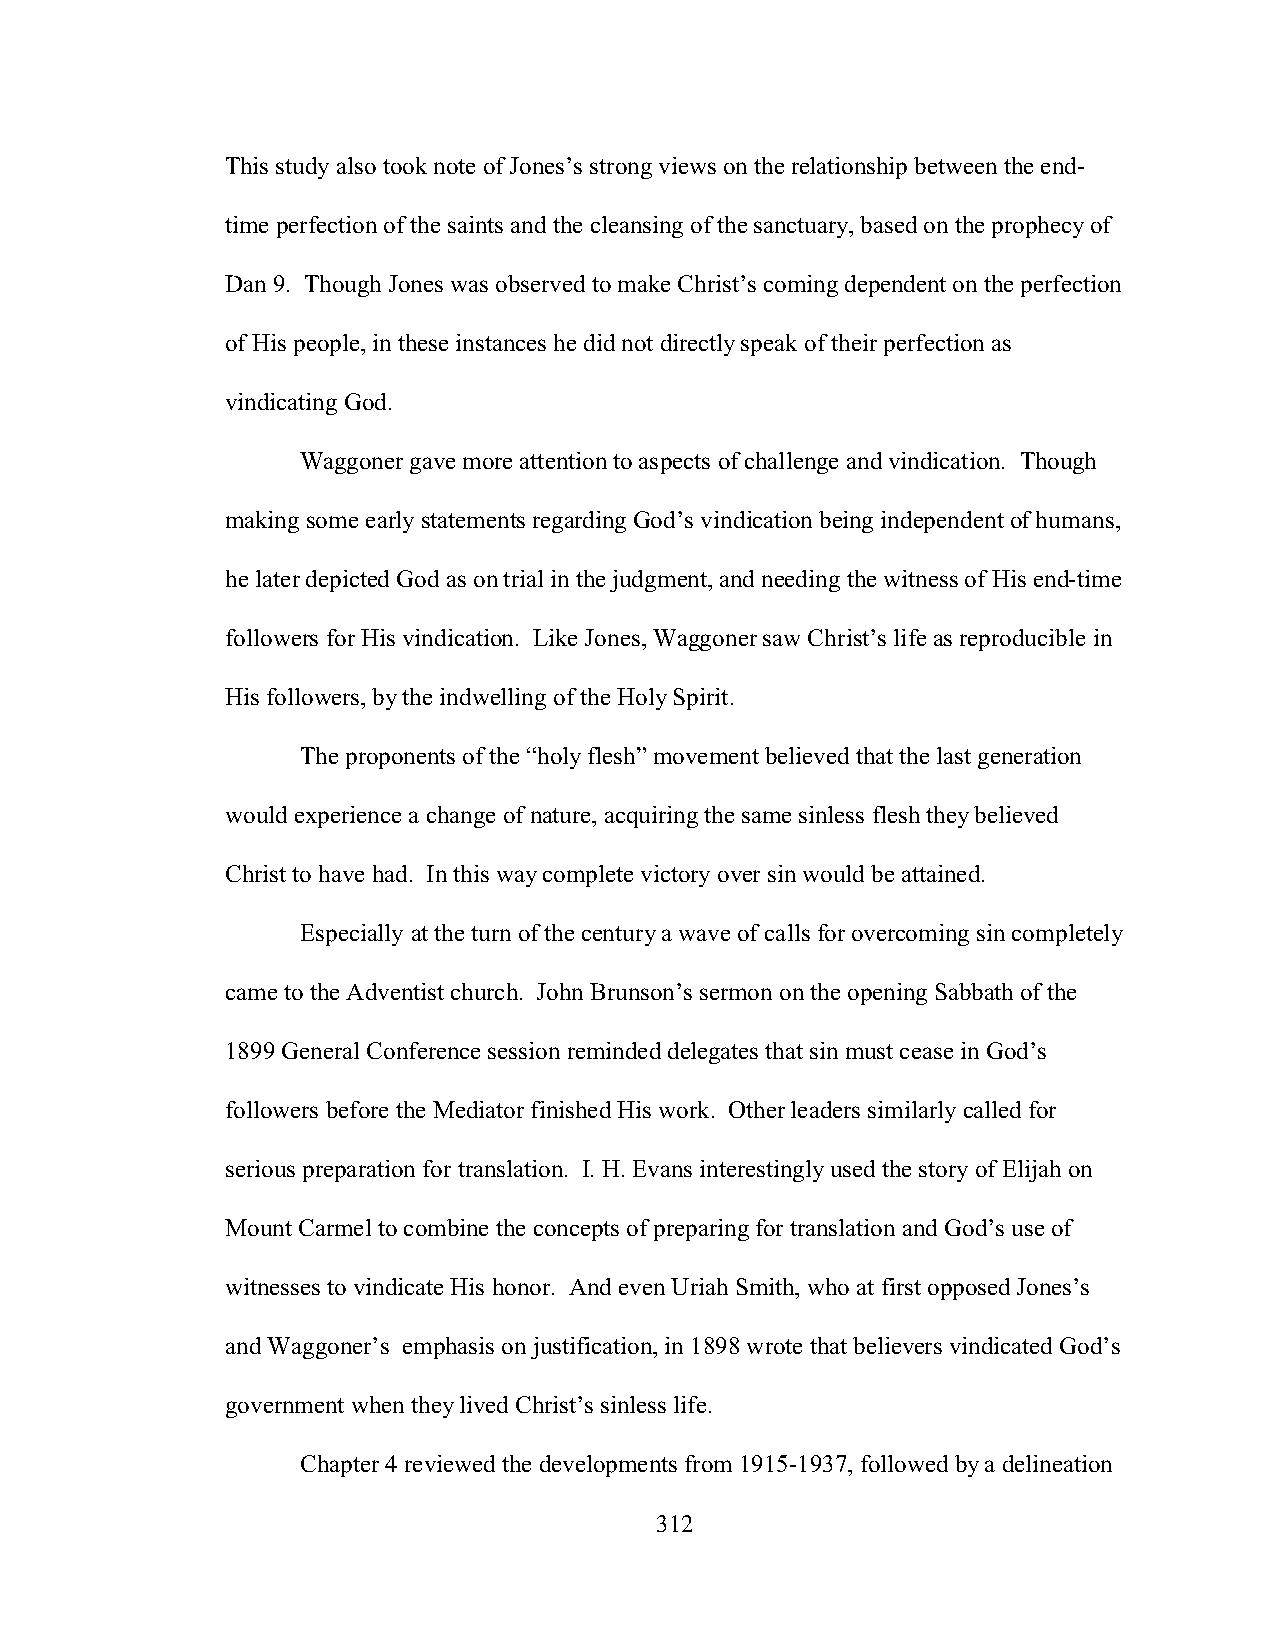
This study also took note of Jones’s strong views on the relationship between the end-
 time perfection of the saints and the cleansing of the sanctuary, based on the prophecy of
 Dan 9. Though Jones was observed to make Christ’s coming dependent on the perfection
 of His people, in these instances he did not directly speak of their perfection as
 vindicating God.
 Waggoner gave more attention to aspects of challenge and vindication. Though
 making some early statements regarding God’s vindication being independent of humans,
 he later depicted God as on trial in the judgment, and needing the witness of His end-time
 followers for His vindication. Like Jones, Waggoner saw Christ’s life as reproducible in
 His followers, by the indwelling of the Holy Spirit.
 The proponents of the “holy flesh” movement believed that the last generation
 would experience a change of nature, acquiring the same sinless flesh they believed
 Christ to have had. In this way complete victory over sin would be attained.
 Especially at the turn of the century a wave of calls for overcoming sin completely
 came to the Adventist church. John Brunson’s sermon on the opening Sabbath of the
 1899 General Conference session reminded delegates that sin must cease in God’s
 followers before the Mediator finished His work. Other leaders similarly called for
 serious preparation for translation. I. H. Evans interestingly used the story of Elijah on
 Mount Carmel to combine the concepts of preparing for translation and God’s use of
 witnesses to vindicate His honor. And even Uriah Smith, who at first opposed Jones’s
 and Waggoner’s emphasis on justification, in 1898 wrote that believers vindicated God’s
 government when they lived Christ’s sinless life.
 Chapter 4 reviewed the developments from 1915-1937, followed by a delineation
 312